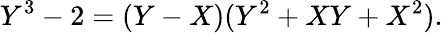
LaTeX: Y^{3}-2=(Y-X)(Y^{2}+XY+X^{2}).